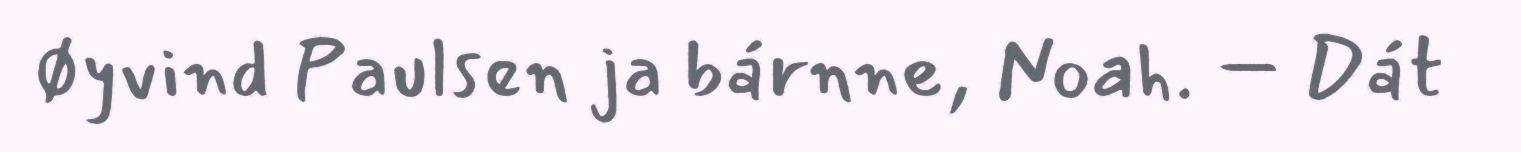
Øyvind Paulsen ja bárnne, Noah. – Dát